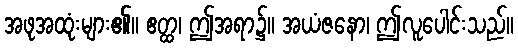
အဖုအထုံးများ၏။ ဧတ္ထ၊ ဤအရာ၌။ အယံဇနော၊ ဤလူပေါင်းသည်။